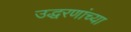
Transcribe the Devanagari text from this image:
उद्धरणांच्या